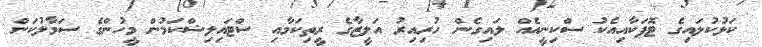
ކަޅުކުލައިގެ ޓޮޕަކާއިއެކު ސްކިނީއެއް ލައިގެން ހުރިއިރު އަލީޒާގެ ރީތިކަމާއި ސްޓައިލިޝްކަމުން މީހުންގެ ސަމާލުކަން